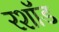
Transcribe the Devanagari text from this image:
रशॉड